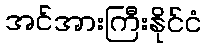
အင်အားကြီးနိုင်ငံ